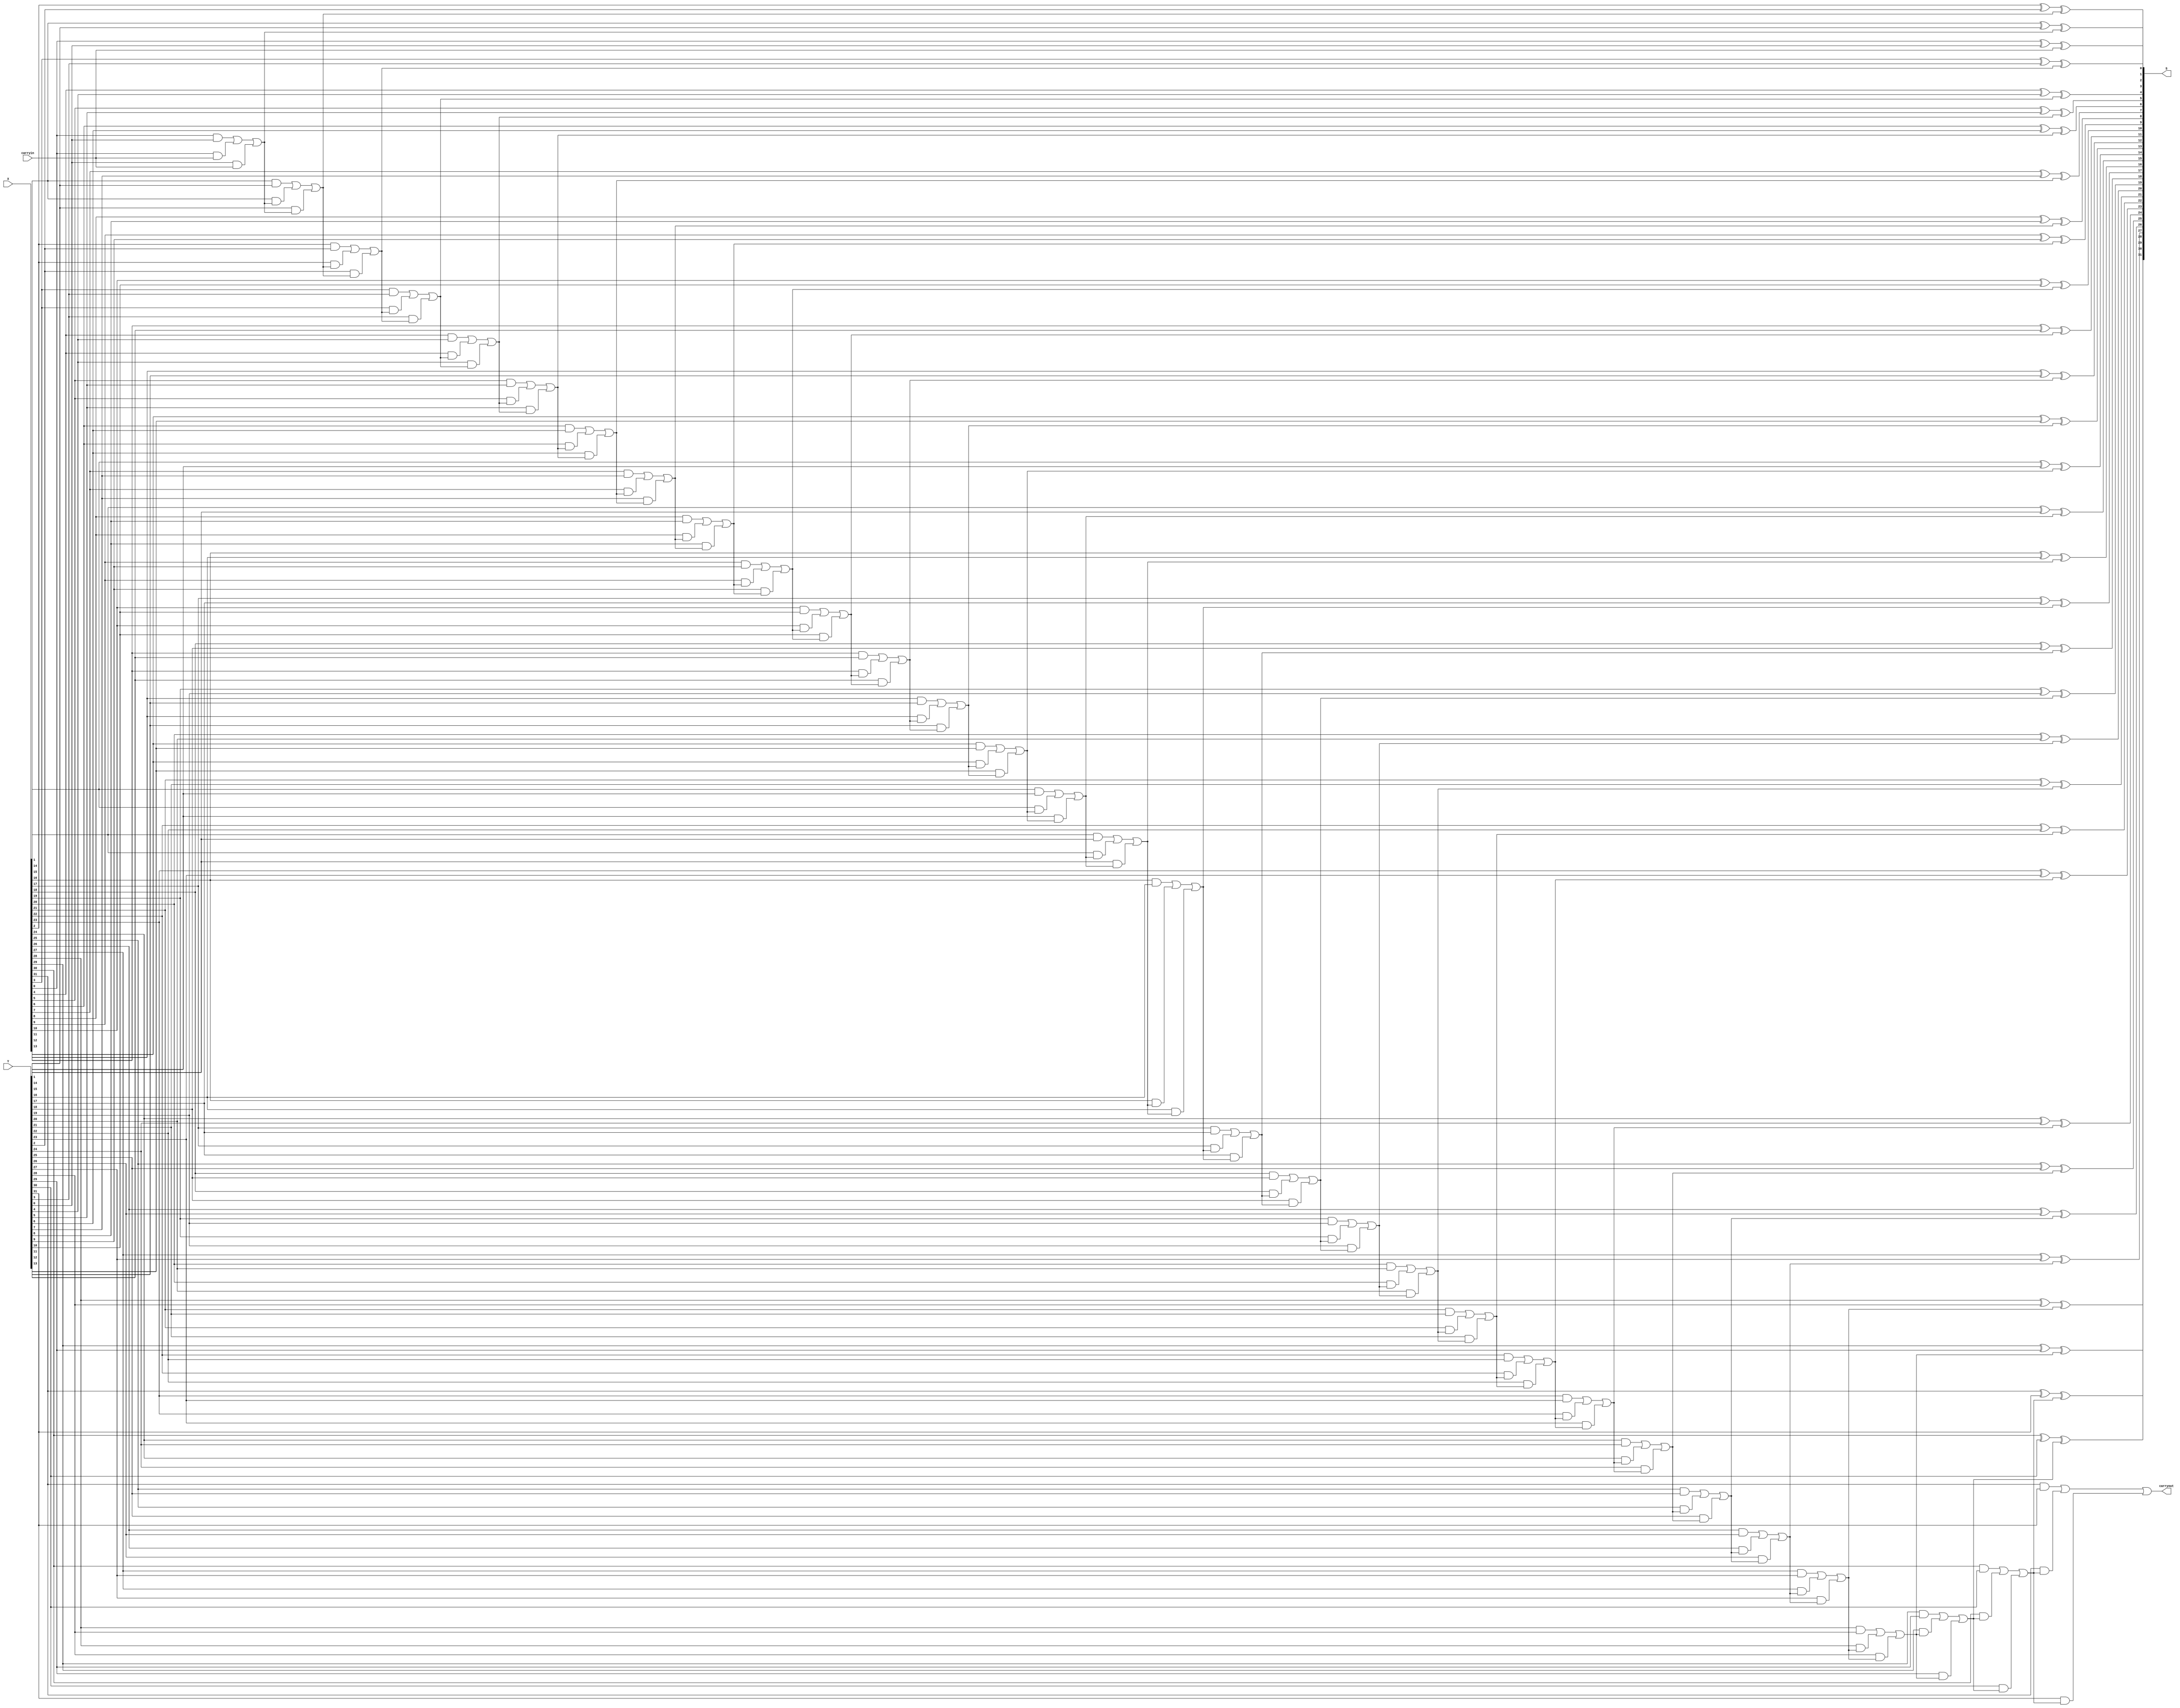
module addern_method3(carryin, X, Y, S, carryout);
	parameter n = 32;
	input carryin;
	input [n-1:0] X, Y;
	output wire [n-1:0] S;
	output wire carryout;
	wire [n:0] C;
	
	assign carryout = C[n];
	assign C[0] = carryin;
	
	genvar k;
	generate
	for (k = 0; k < n; k = k+1)
	begin
		assign  S[k] = X[k] ^ Y[k] ^ C[k];
		assign	C[k+1] = (X[k] & Y[k]) | (X[k] & C[k]) | (Y[k] & C[k]);
	end
	endgenerate
endmodule